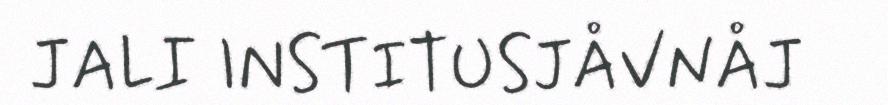
JALI INSTITUSJÅVNÅJ